Report of an investigation of the epidemic of malarial fever in Assam, or, kala-azar
Disease focus: Malaria
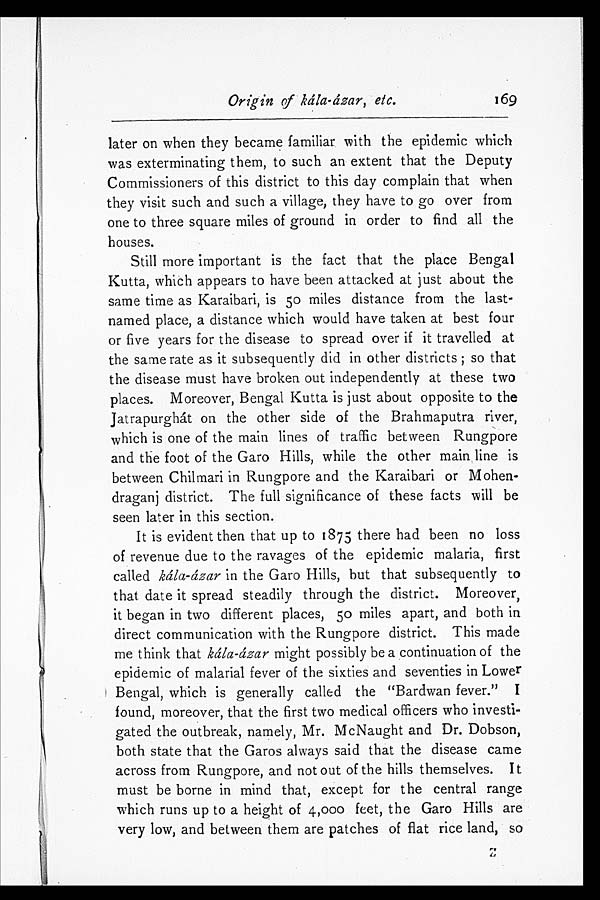
Origin of kála-ázar, etc. 169
later on when they became familiar with the epidemic which
was exterminating them, to such an extent that the Deputy
Commissioners of this district to this day complain that when
they visit such and such a village, they have to go over from
one to three square miles of ground in order to find all the
houses.
Still more important is the fact that the place Bengal
Kutta, which appears to have been attacked at just about the
same time as Karaibari, is 50 miles distance from the last-
named place, a distance which would have taken at best four
or five years for the disease to spread over if it travelled at
the same rate as it subsequently did in other districts; so that
the disease must have broken out independently at these two
places. Moreover, Bengal Kutta is just about opposite to the
Jatrapurghát on the other side of the Brahmaputra river,
which is one of the main lines of traffic between Rungpore
and the foot of the Garo Hills, while the other main line is
between Chilmari in Rungpore and the Karaibari or Mohen-
draganj district. The full significance of these facts will be
seen later in this section.
It is evident then that up to 1875 there had been no loss
of revenue due to the ravages of the epidemic malaria, first
called kála-ázar in the Garo Hills, but that subsequently to
that date it spread steadily through the district. Moreover,
it began in two different places, 50 miles apart, and both in
direct communication with the Rungpore district. This made
me think that kála-ázar might possibly be a continuation of the
epidemic of malarial fever of the sixties and seventies in Lower
Bengal, which is generally called the "Bardwan fever." I
found, moreover, that the first two medical officers who investi-
gated the outbreak, namely, Mr. McNaught and Dr. Dobson,
both state that the Garos always said that the disease came
across from Rungpore, and not out of the hills themselves. It
must be borne in mind that, except for the central range
which runs up to a height of 4,000 feet, the Garo Hills are
very low, and between them are patches of flat rice land, so
Z